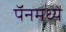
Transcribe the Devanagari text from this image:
पॅनमध्ये